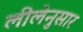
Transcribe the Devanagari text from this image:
लीलेनुसार